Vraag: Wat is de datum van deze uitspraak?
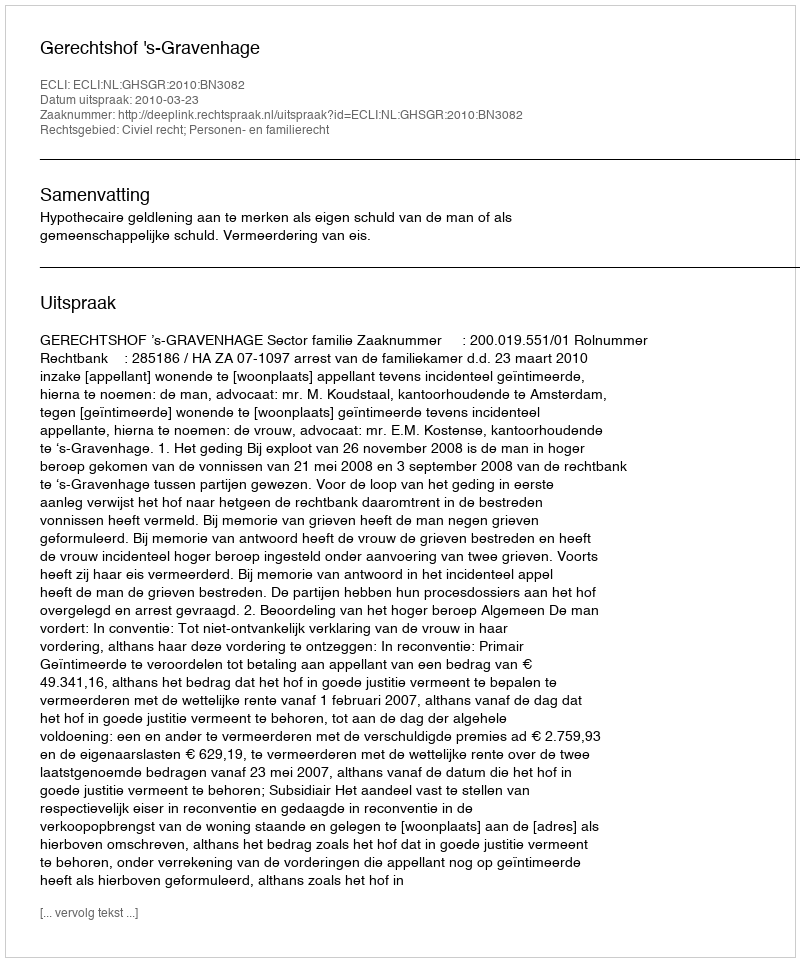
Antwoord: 2010-03-23